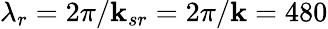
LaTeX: \lambda_{r}=2\pi/\mathbf{k}_{sr}=2\pi/\mathbf{k}=480